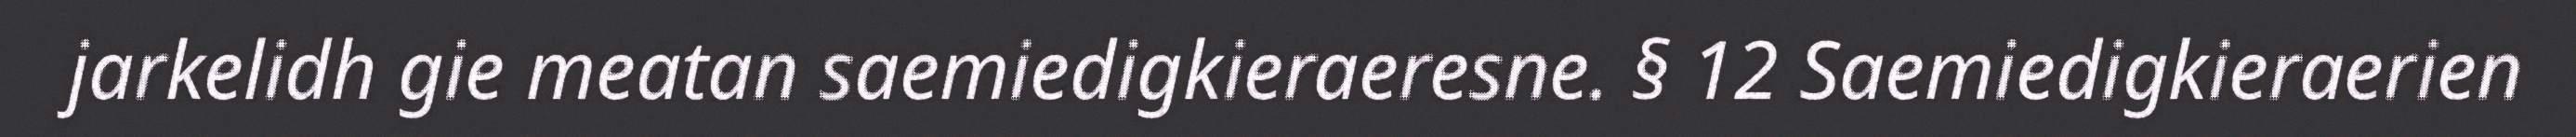
jarkelidh gie meatan saemiedigkieraeresne. § 12 Saemiedigkieraerien